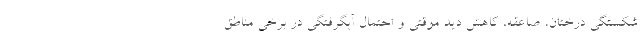
شکستگی درختان، صاعقه، کاهش دید موقتی و احتمال آبگرفتگی در برخی مناطق